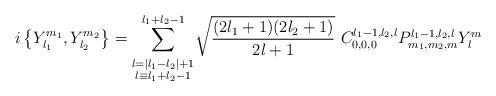
LaTeX: \begin{align*}i\left\{ Y_{l_{1}}^{m_{1}},Y_{l_{2}}^{m_{2}}\right\} ={\displaystyle\sum\limits_{_{\substack{l=|l_{1}-l_{2}|+1\\l\equiv l_{1}+l_{2}-1}}}^{l_{1}+l_{2}-1}}\sqrt{\frac{(2l_{1}+1)(2l_{2}+1)}{2l+1}}\ C_{0,0,0}^{l_{1}-1,l_{2},l}P_{m_{1},m_{2},m}^{l_{1}-1,l_{2},l}Y_{l}^{m} \end{align*}